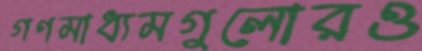
গণমাধ্যমগুলোরও